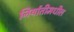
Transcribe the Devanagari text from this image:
निर्यातीमधील